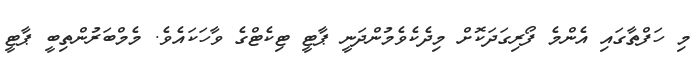
މި ހަފްތާގައި އެންމެ ފޯރިގަދަކޮށް މިދެކެވެމުންދަނީ ޕާޓީ ޓިކެޓްގެ ވާހަކައެވެ. މެމްބަރުންތިބީ ޕާޓީ